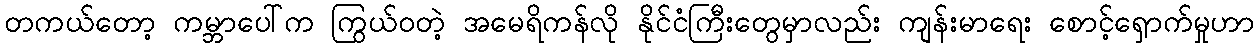
တကယ်တော့ ကမ္ဘာပေါ်က ကြွယ်ဝတဲ့ အမေရိကန်လို နိုင်ငံကြီးတွေမှာလည်း ကျန်းမာရေး စောင့်ရှောက်မှုဟာ